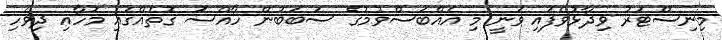
މިނިސްޓަރު ވިދާޅުވެފައި ވަނީ މި އެއްބަސްވުމުގެ ސަބަބުން ހާއްސަ ގޮތެއްގައި މަހާއި ދިވެހި